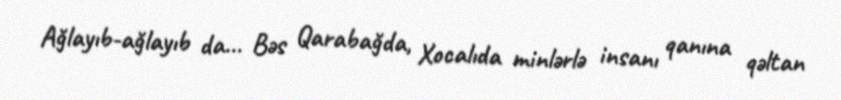
Ağlayıb-ağlayıb da... Bəs Qarabağda, Xocalıda minlərlə insanı qanına qəltan